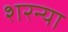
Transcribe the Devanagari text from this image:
शरन्या